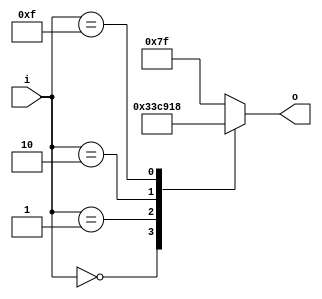
module seven_segment (
input [3:0]i,
output reg [6:0]o
);


// HEX out - rewire DE2
//  ---a---
// |       |
// f       b
// |       |
//  ---g---
// |       |
// e       c
// |       |
//  ---d---

always @(*)
begin
	case (i)	    // abcdefg

		4'h0: o = 7'b0000001;
		4'h1: o = 7'b1001111;
		4'h2: o = 7'b0010010;
//		4'h3: o = 7'b0000110;
//		4'h4: o = 7'b1001100;
//		4'h5: o = 7'b0100100;
//		4'h6: o = 7'b0100000;
//		4'h7: o = 7'b0001111;
//		4'h8: o = 7'b0000000;
//		4'h9: o = 7'b0000100;
//		4'hA: o = 7'b0001000;
//		4'hB: o = 7'b1100000;
//		4'hC: o = 7'b0110001;
//		4'hD: o = 7'b1000010;
//		4'hE: o = 7'b0110000;
//		4'hF: o = 7'b0111000;
		
		4'hE: o = 7'b1111111; // blank display
		4'hF: o = 7'b0011000; // P
		
		default: o = 7'b1111111;
	
	endcase
end

endmodule